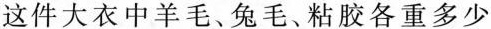
这件大衣中羊毛、兔毛、粘胶各重多少